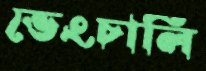
ভেংচালি